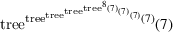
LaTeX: \mathrm { t r e e } ^ { \mathrm { t r e e } ^ { \mathrm { t r e e } ^ { \mathrm { t r e e } ^ { \mathrm { t r e e } ^ { 8 } ( 7 ) } ( 7 ) } ( 7 ) } ( 7 ) } ( 7 )